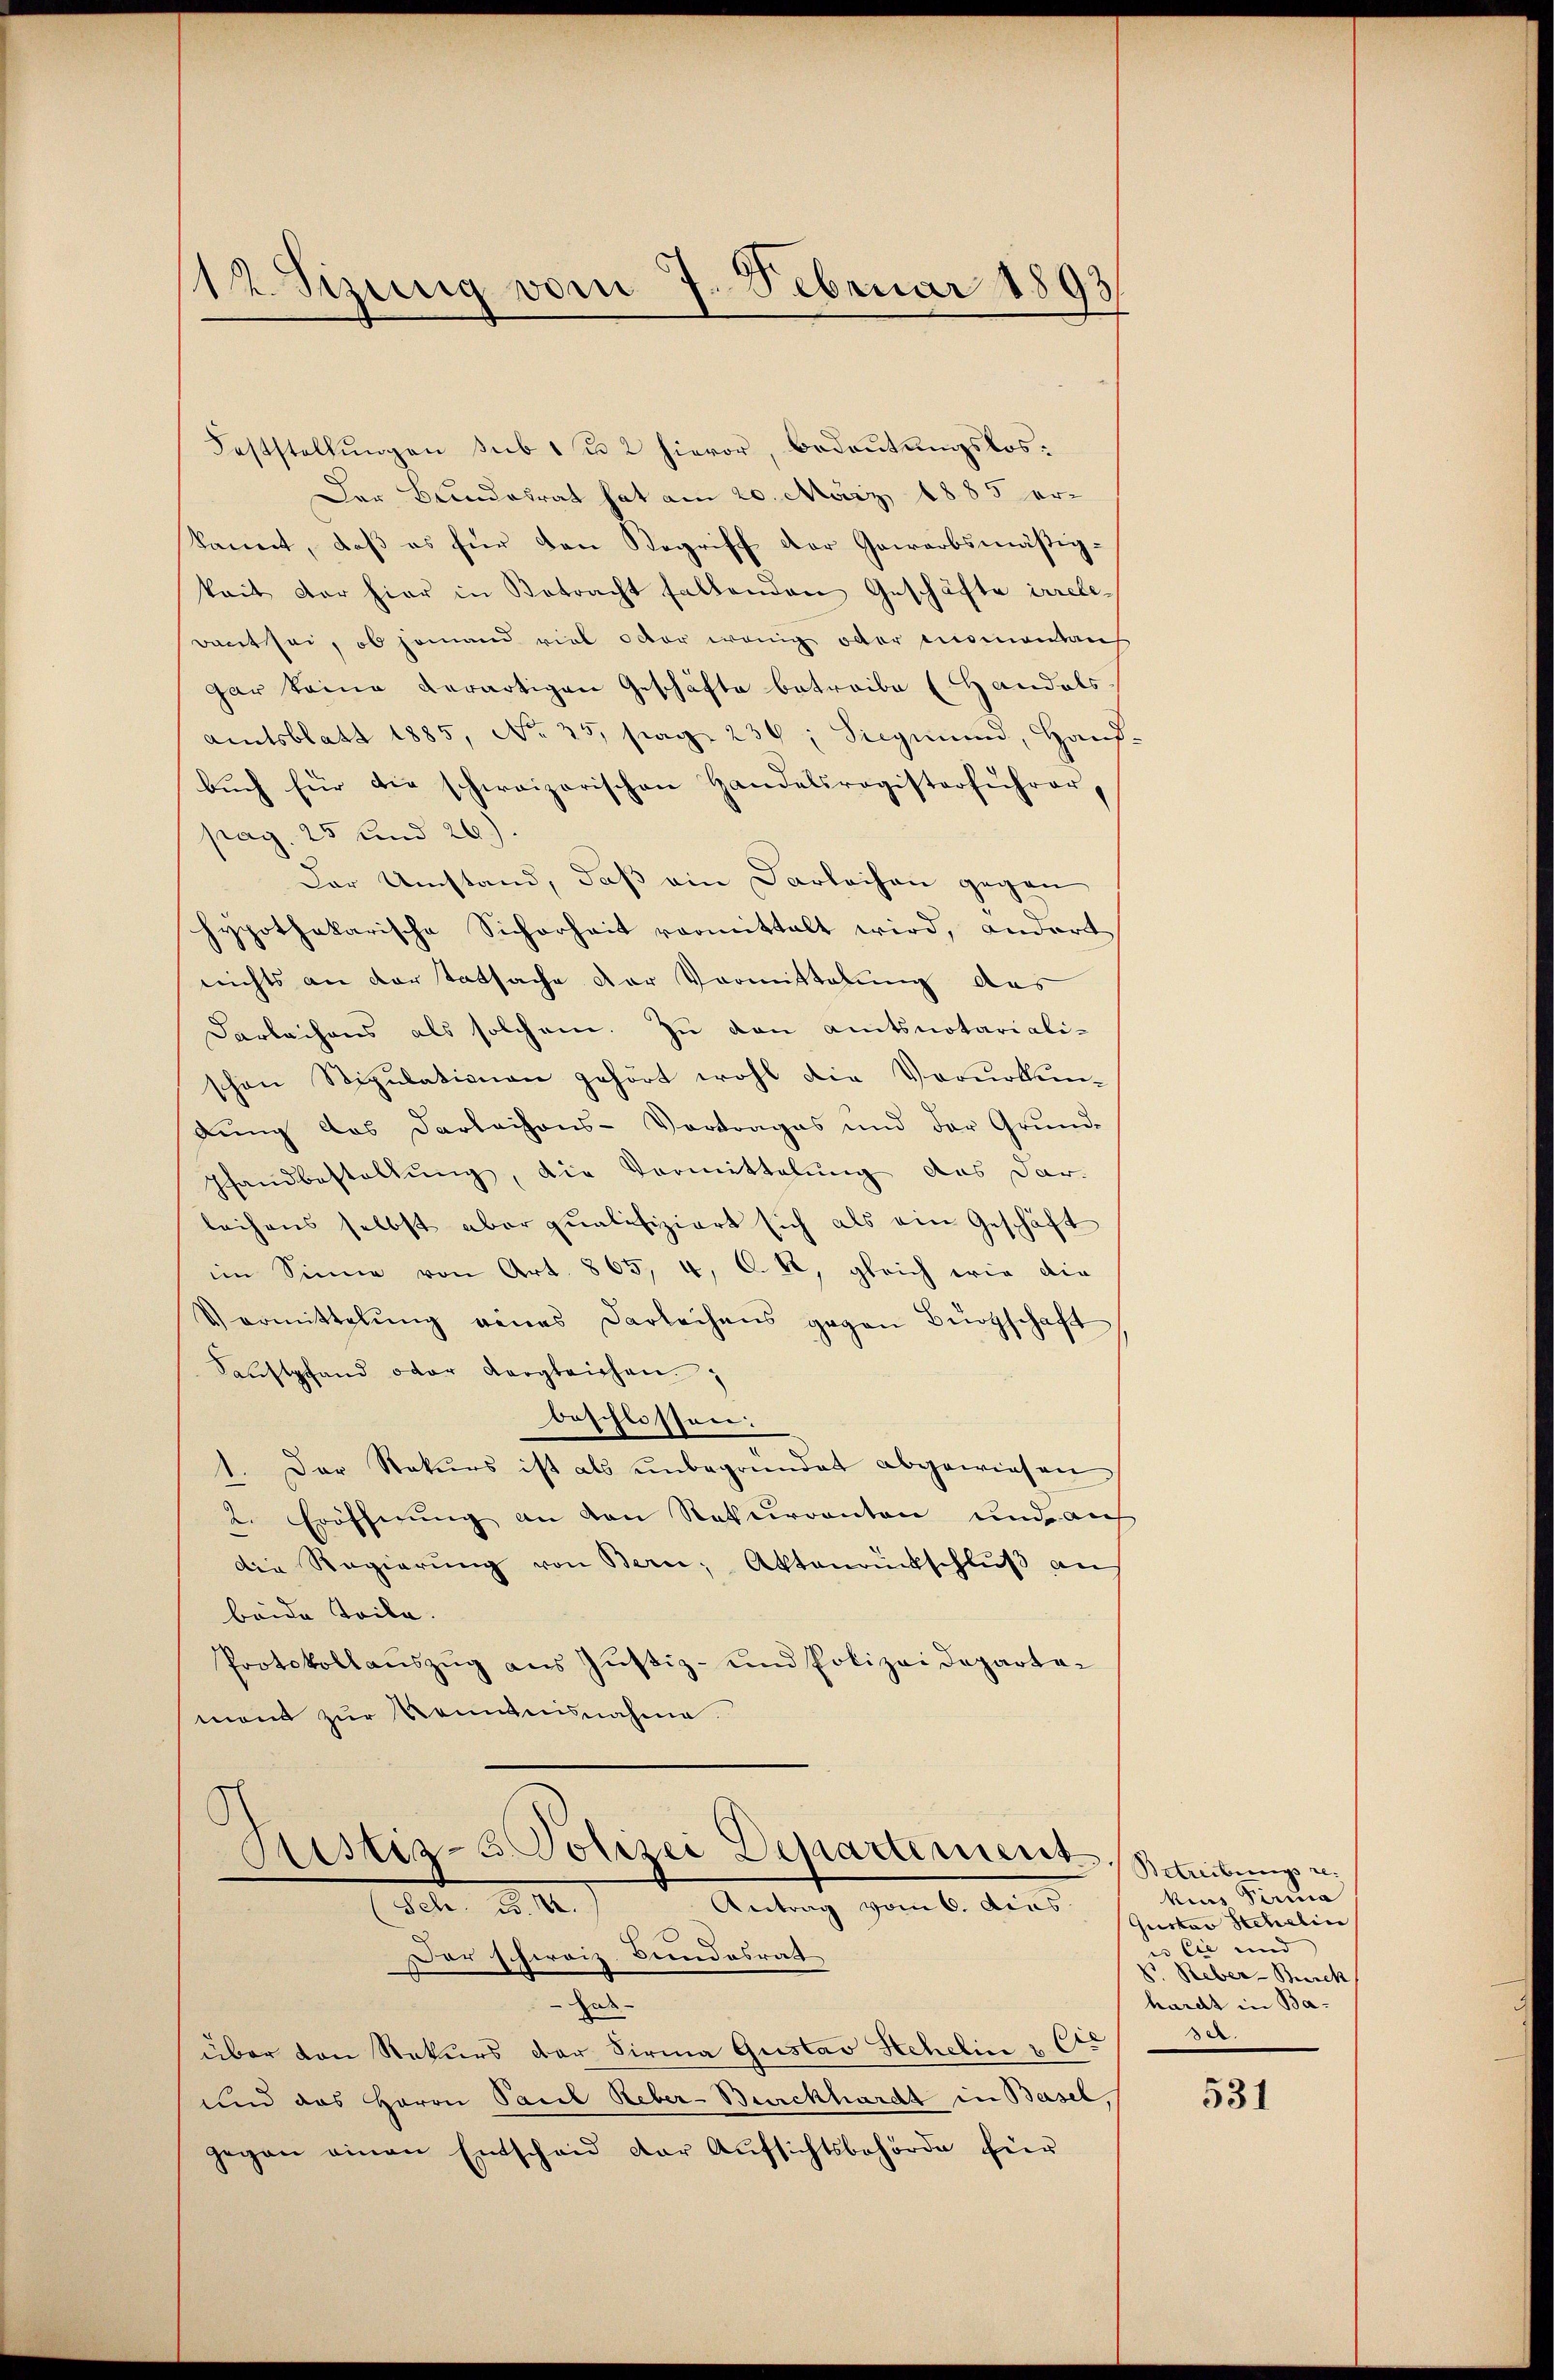
12 Sizung vom 7. Februar 1893

Feststellungen sub 1 u 2 hievor, Bedeutungslos:
Der Bundesrat hat am 20. März 1885 er-
kannt, daß es für den Begriff der Gewerbsmäßigkait der hier in Betracht fallenden Geschäfte irrele-
dant sei, ob jemand viel oder wenig oder niemandau
gar keine derartigen Geschäfte betreibe (Handels
Amtsblatt 1885, No 25, Frage 239; Siegmund, Hanfbŭch für die schweizerischen Handelsregisterführer,
pag. 25 und 26).
Der Umstand, daß ein Darleihen gegen
hypothekarische Sicherheit vormittalt wird, andert
nichts an der Tatsache der Vormittelung das
Darleihens als solchem. Zu den amtsnotariali-
schon Stipulationen gehört wohl die Verurkun-
dung das Darleihons-Vortrages und der Grund-
Pfandbestellung, die Vormittelung des Dar-
leihens selbst aber qualifiziert sich als ein Geschäft
im Sinne von Art. 865, 4, C. R., gleich wie die
Vormittelung eines Darleihens gegen Bürgschaft
Kaŭstpfand oder Vergleichen.
beschlossen:
1. Der Rekurs ist als ŭnbegründet abgewiesen
2. Eröffnung an den Rekurrenten und auf
die Regierŭng von Bern, Aktenrückschlŭβ an
beide Teile.
Protokollauszug aus Justiz- und Polizei Departemont zur Kenntnisnahme.

ustiz-3. Polizei Departement
Antrag vom 6. dies
Sch. d. 2.

Der schweiz. Bundesrath
Zede
über den Rekurs der Firma Gustav Schelin u. Cir
und das Herrn Paul Reber-Burckhardt in Basel,
gegen einen Entschaid der Aŭfsichtsbehörde für

Betreibungsre
kius Pirma
Gustav Schelin
Cie und
So. Reber-Burck
hardt in Ba-
sel.

531